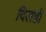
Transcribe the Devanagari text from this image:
दिलही